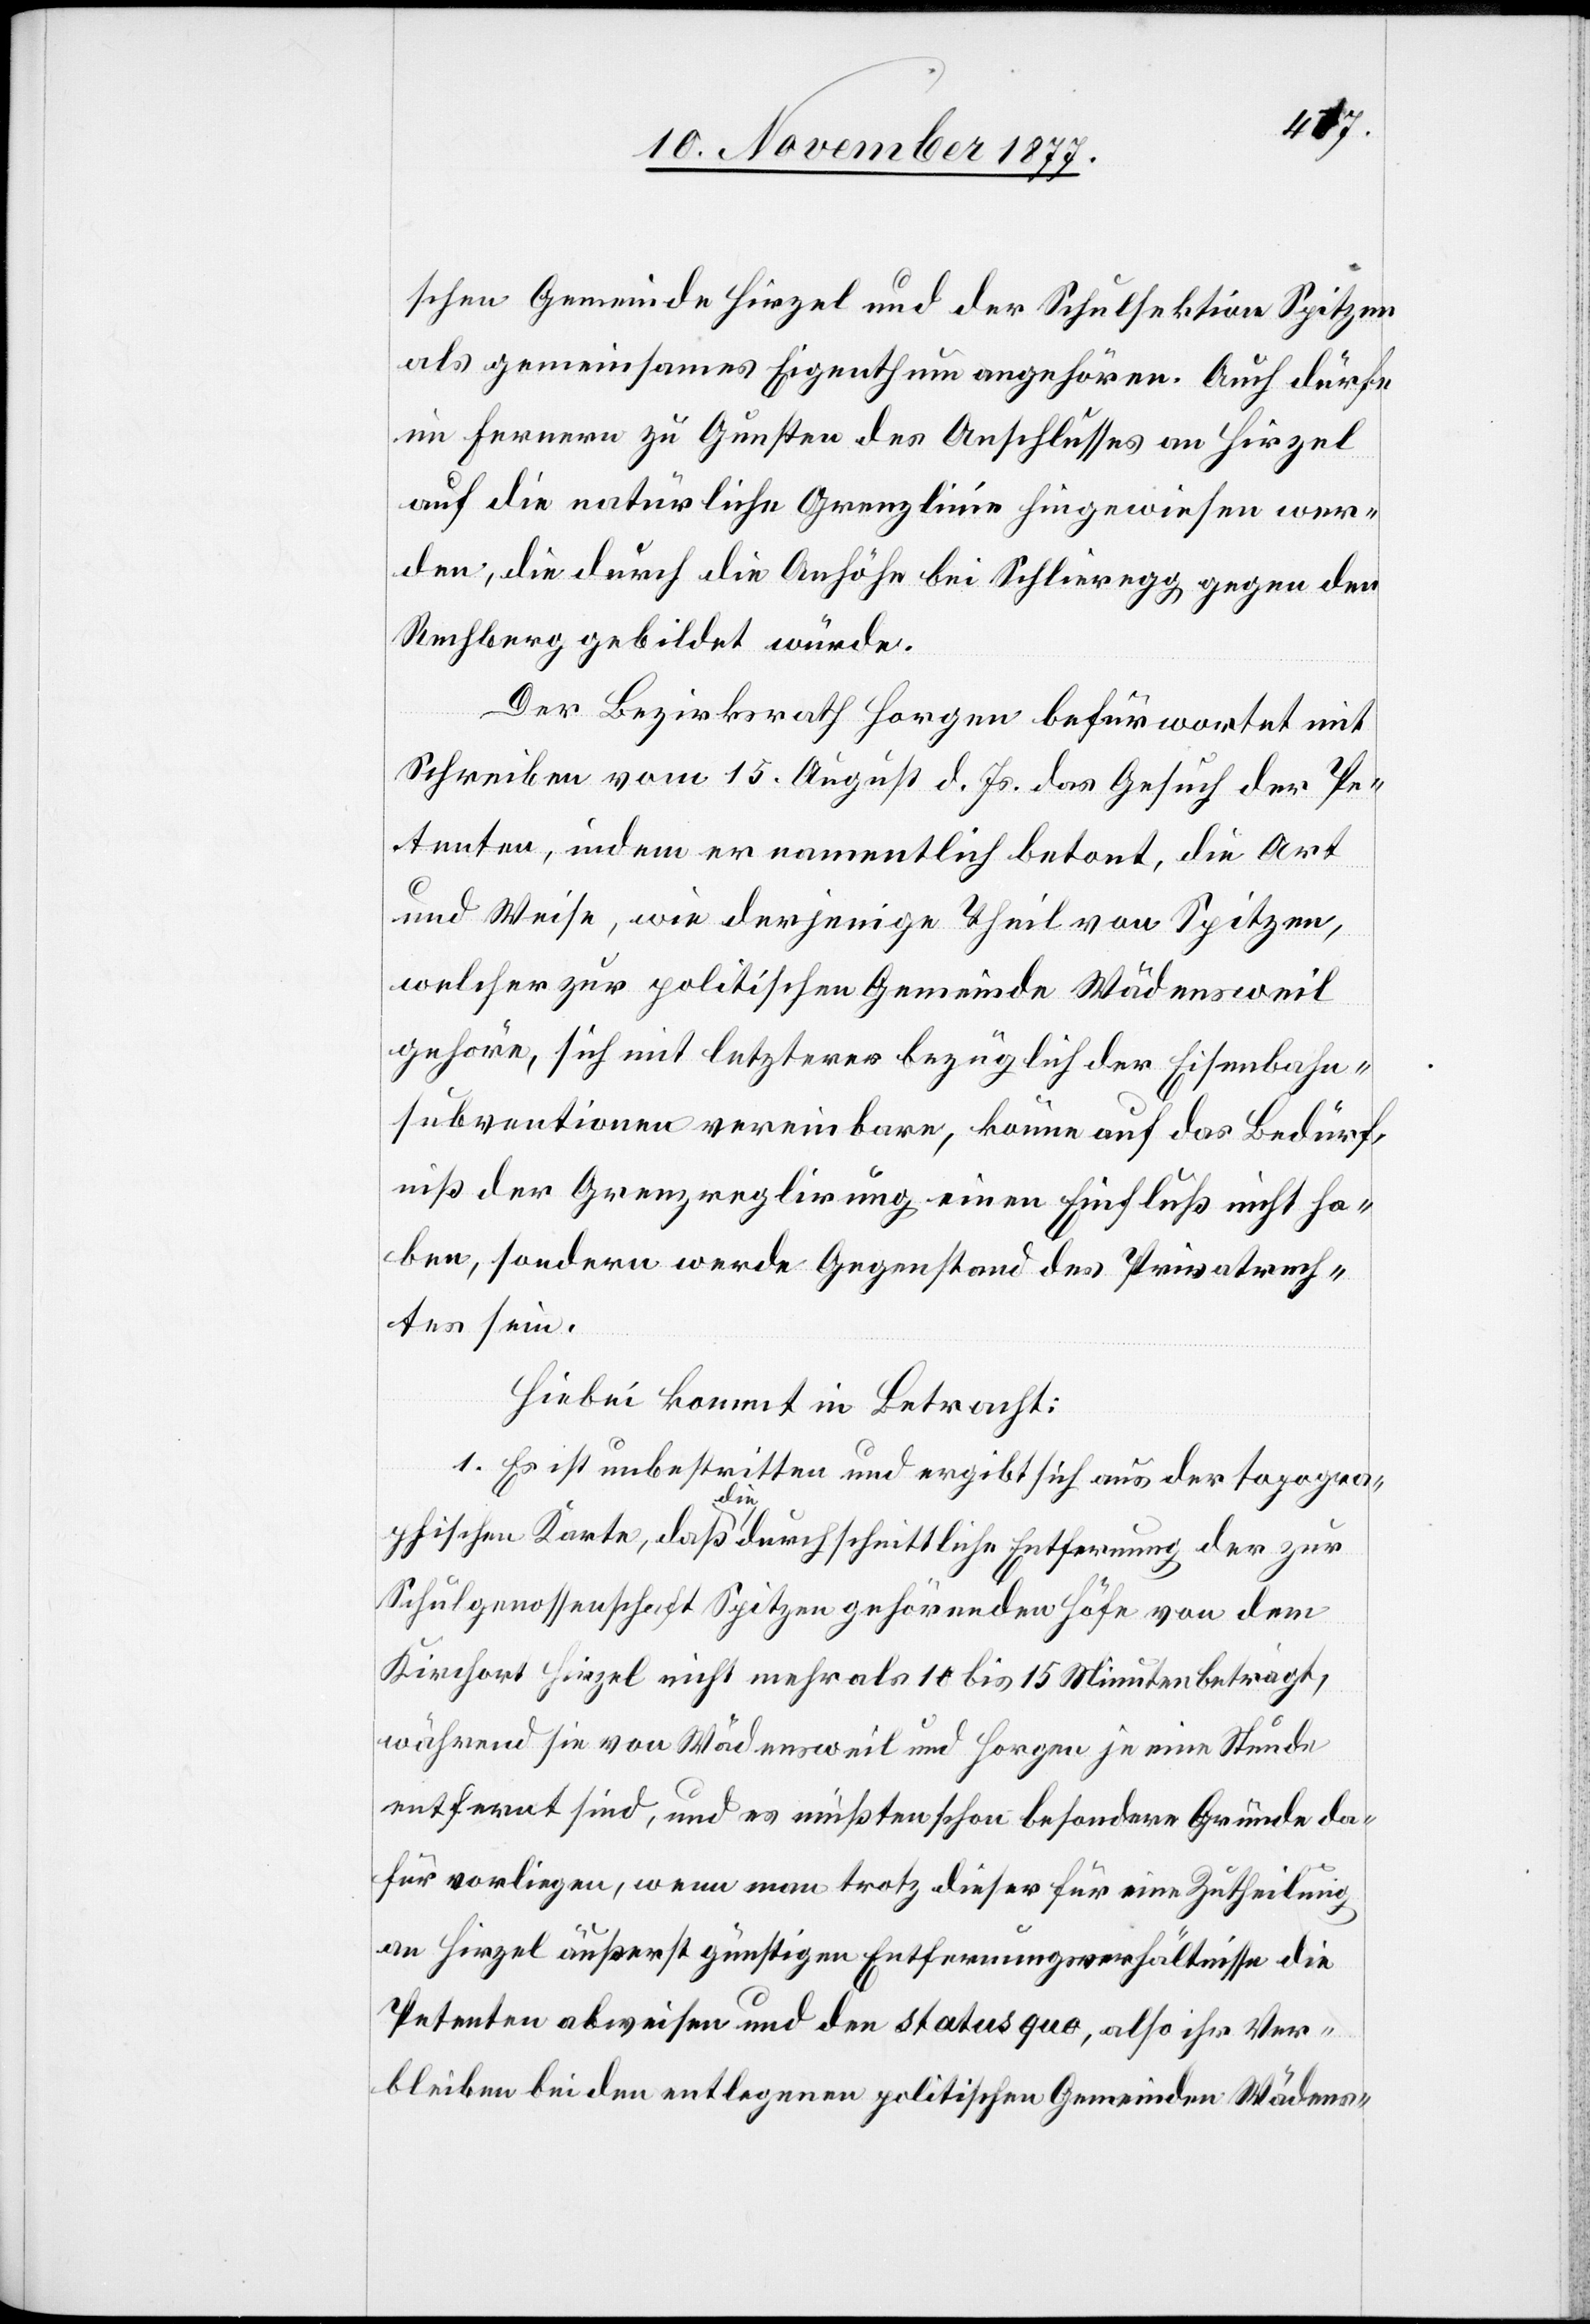
schen Gemeinde Hirzel und der Schulsektion Spitzen
als gemeinsames Eigenthum angehören. Auch dürfe
im Fernern zu Gunsten des Anschlusses an Hirzel
auf die natürliche Grenzlinie hingewiesen wer¬
den, die durch die Anhöhe bei Schlieregg gegen den
Rechberg gebildet würde.
Der Bezirksrath Horgen befürwortet mit
Schreiben vom 15. August d. Js. das Gesuch der Pe¬
tenten, indem er namentlich betont, die Art
und Weise, wie derjenige Theil von Spitzen,
welcher zur politischen Gemeinde Wädensweil
gehöre, sich mit letzterer bezüglich der Eisenbahn¬
subventionen vereinbare, könne auf das Bedürf¬
niß der Grenzreglirung einen Einfluß nicht ha¬
ben, sondern werde Gegenstand des Privatrech¬
tes sein.
Hiebei kommt in Betracht:
1. Es ist unbestritten und ergibt sich aus der topogra¬
phischen Karte, daß die durchschnittliche Entfernung der zur
Schulgenossenschaft Spitzen gehörenden Höfe von dem
Kirchort Hirzel nicht mehr als 10 bis 15 Minuten beträgt,
während sie von Wädensweil und Horgen je eine Stunde
entfernt sind, und es müßten schon besondere Gründe da¬
für vorliegen, wenn man trotz dieser für eine Zutheilung
an Hirzel äußerst günstigen Entfernungsverhältnisse die
Petenten abweisen und den status quo, also ihr Ver¬
bleiben bei den entlegenen politischen Gemeinden Wädens-